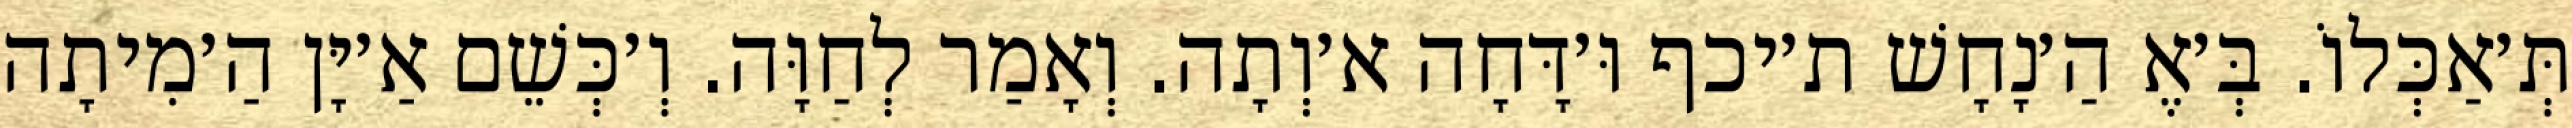
תְּ׳אַכְּלוֹ. בְּ׳אֶ הַ׳נָחָשׁ ת׳יכף וּ׳דָּחָה א׳וְתָה. וְאָמַר לְחַוָּה. וְ׳כְּשֵׁם אַ׳יָּן הַ׳מִיתָה